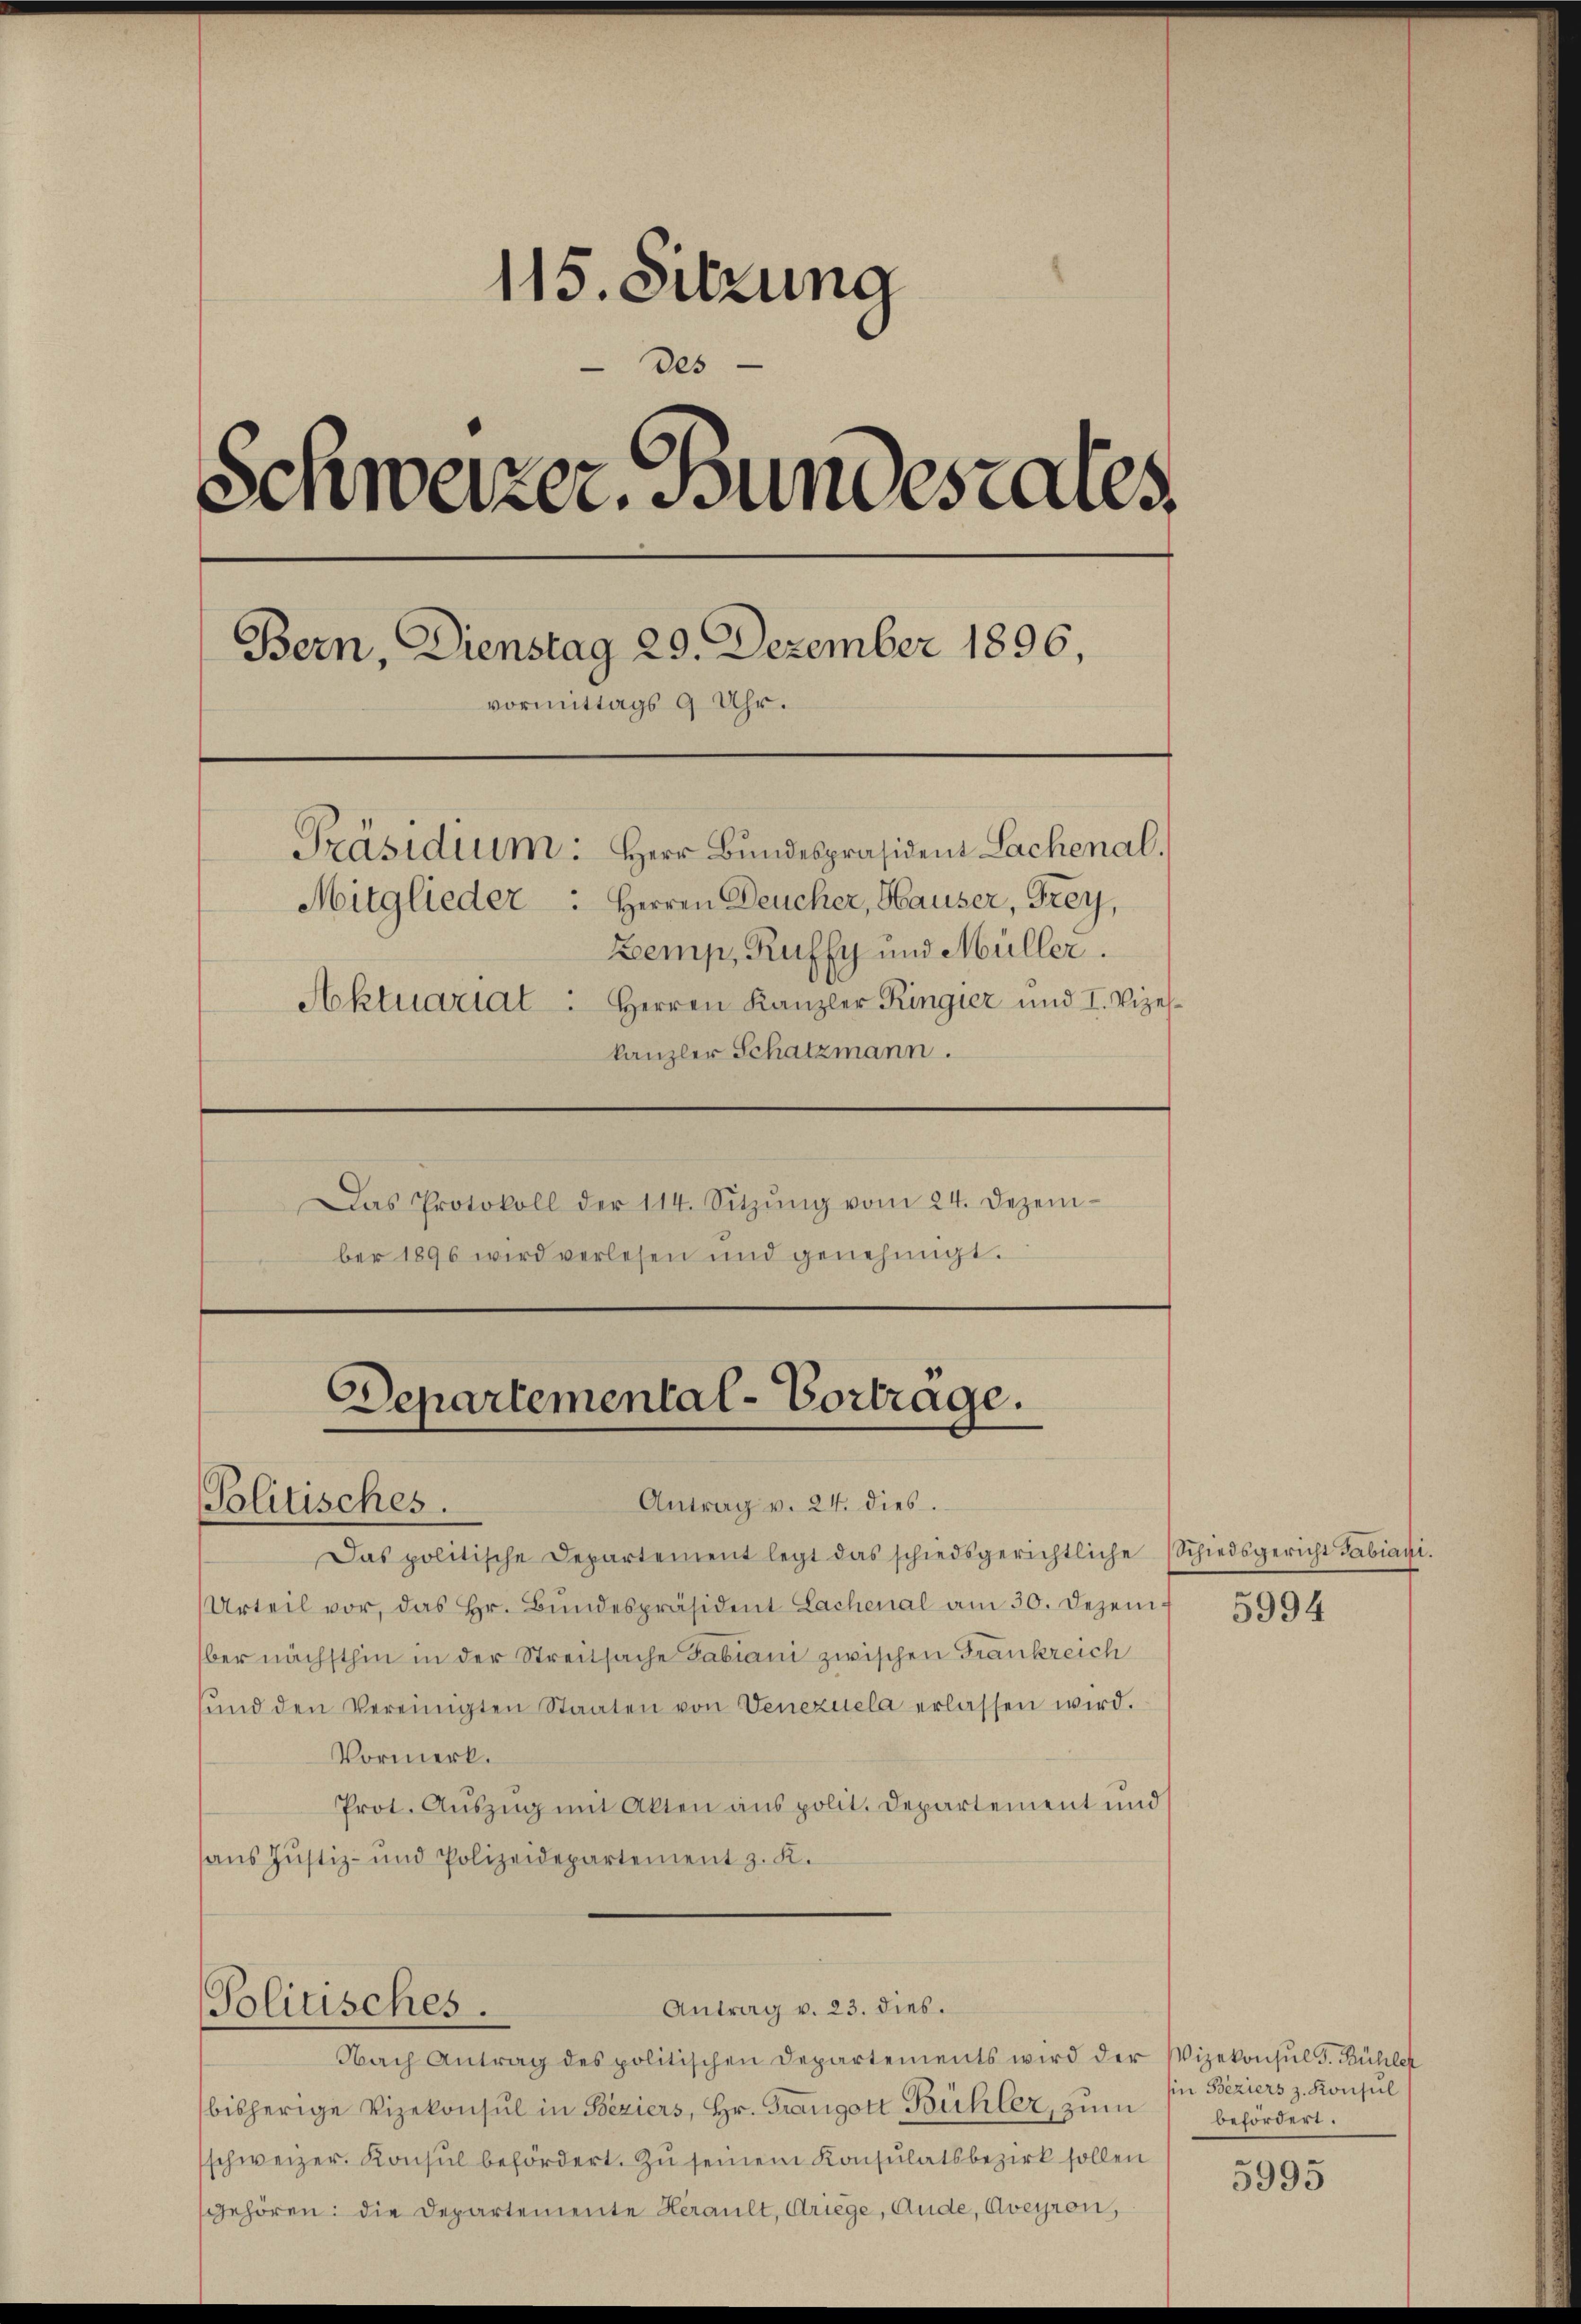
115. Sitzung
des
Schweizer. Bundestates,
Bern, Dienstag 29. Dezember 1896,
vormittags 9 Uhr.
Präsidium: Herr Bundespräsident Sachenal.
Mitglieder: Herren Deucher, Hauser, Frey,
Zemp, Kuffy und Müller.
Aktuariat. Herren Kanzler Ringier und I. Vizes.
kanzler Schatzmann.
Das Protokoll der 114. Sitzŭng vom 24. Dezem-
ber 1896 wird verlesen und genehmigt.

C
Departemental-Vortrage.
Antrag v. 24. dies.
Politisches.

Das politische Departement legt das schiedsgerichtliche Schiedsgericht Fabiani.
Urteil vor, das Hr. Bŭndespräsident Lachenal am 30. Dezember nächsthin in der Streitsache Fabiani zwischen Frankreich
ŭnd den Vereinigten Staaten von Venezuela erlassen wird.
Vormerk.
Prot. Auszug mit Akten aus polit. Departement und
aus Justiz- und Polizeidepartement z. K.

Antrag v. 23. dies.
Politisches.

Nach Antrag des politischen Departements wird der
bisherige Vizekonsul in Beziers, Hr. Frangott Bühler, zum
schweizer. Konsul befördert. Zu seinem Konsulatsbezirk sollen
gehören: die Departemente Herault, Kriege, Ande, Aveyron,

5994

Vizekonsul S. Bühler
hin Beziers z. Konsul
befördert.

5995